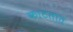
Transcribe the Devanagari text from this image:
काटतात